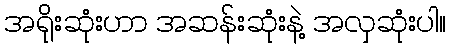
အရိုးဆုံးဟာ အဆန်းဆုံးနဲ့ အလှဆုံးပါ။